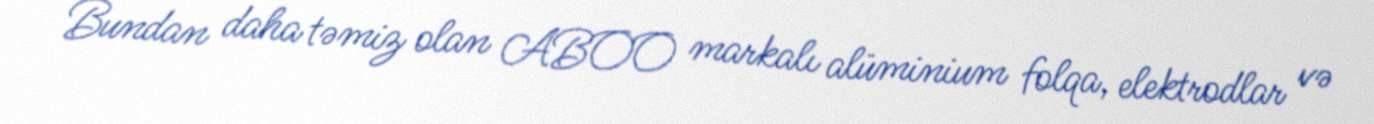
Bundan daha təmiz olan ABOO markalı alüminium folqa, elektrodlar və